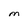
Character: M